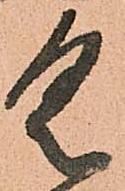
具